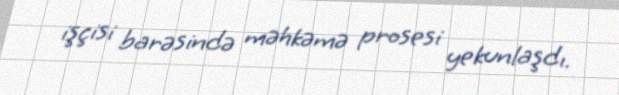
işçisi barəsində məhkəmə prosesi yekunlaşdı.